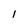
Character: I